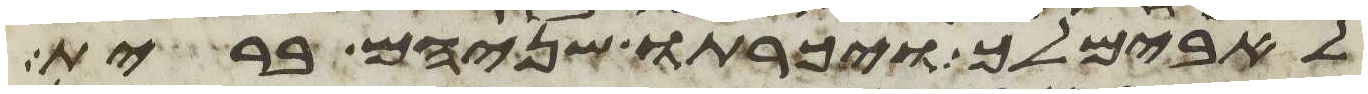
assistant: לאבימלך ויכרתו שניהם ברית